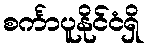
စင်္ကာပူနိုင်ငံရှိ